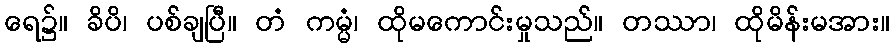
ရေ၌။ ခိပိ၊ ပစ်ချပြီ။ တံ ကမ္မံ၊ ထိုမကောင်းမှုသည်။ တဿာ၊ ထိုမိန်းမအား။